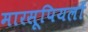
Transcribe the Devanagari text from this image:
मारसूपियलों